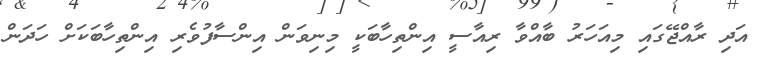
އަދި ރާއްޖޭގައި މިއަހަރު ބާއްވާ ރިއާސީ އިންތިހާބަކީ މިނިވަން އިންސާފުވެރި އިންތިހާބަކަށް ހަދަން